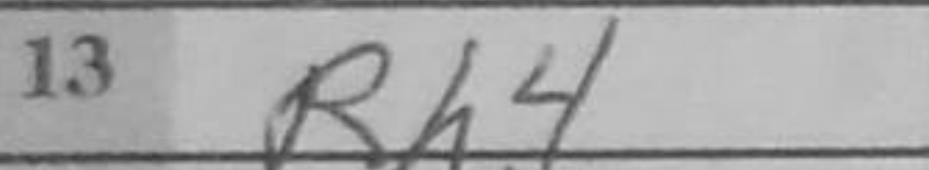
Transcription: Rh4